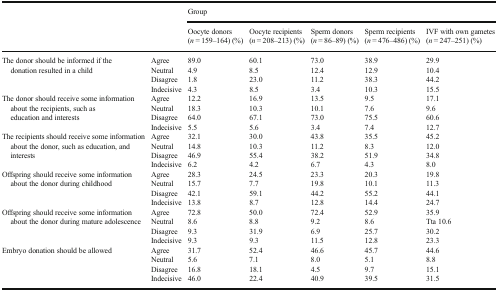
<table><thead><tr><td rowspan="3"></td><td rowspan="3"></td><td colspan="5"><b>Group</b></td></tr><tr><td><b>Oocyte donors</b></td><td><b>Oocyte recipients</b></td><td><b>Sperm donors</b></td><td><b>Sperm recipients</b></td><td><b>IVF with own gametes</b></td></tr><tr><td><b>(<i>n</i> = 159–164) (%)</b></td><td><b>(<i>n</i> = 208–213) (%)</b></td><td><b>(<i>n</i> = 86–89) (%)</b></td><td><b>(<i>n</i> = 476–486) (%)</b></td><td><b>(<i>n</i> = 247–251) (%)</b></td></tr></thead><tbody><tr><td rowspan="4">The donor should be informed if the donation resulted in a child</td><td>Agree</td><td>89.0</td><td>60.1</td><td>73.0</td><td>38.9</td><td>29.9</td></tr><tr><td>Neutral</td><td>4.9</td><td>8.5</td><td>12.4</td><td>12.9</td><td>10.4</td></tr><tr><td>Disagree</td><td>1.8</td><td>23.0</td><td>11.2</td><td>38.3</td><td>44.2</td></tr><tr><td>Indecisive</td><td>4.3</td><td>8.5</td><td>3.4</td><td>10.3</td><td>15.5</td></tr><tr><td rowspan="4">The donor should receive some information about the recipients, such as education and interests</td><td>Agree</td><td>12.2</td><td>16.9</td><td>13.5</td><td>9.5</td><td>17.1</td></tr><tr><td>Neutral</td><td>18.3</td><td>10.3</td><td>10.1</td><td>7.6</td><td>9.6</td></tr><tr><td>Disagree</td><td>64.0</td><td>67.1</td><td>73.0</td><td>75.5</td><td>60.6</td></tr><tr><td>Indecisive</td><td>5.5</td><td>5.6</td><td>3.4</td><td>7.4</td><td>12.7</td></tr><tr><td rowspan="4">The recipients should receive some information about the donor, such as education, and interests</td><td>Agree</td><td>32.1</td><td>30.0</td><td>43.8</td><td>35.5</td><td>45.2</td></tr><tr><td>Neutral</td><td>14.8</td><td>10.3</td><td>11.2</td><td>8.3</td><td>12.0</td></tr><tr><td>Disagree</td><td>46.9</td><td>55.4</td><td>38.2</td><td>51.9</td><td>34.8</td></tr><tr><td>Indecisive</td><td>6.2</td><td>4.2</td><td>6.7</td><td>4.3</td><td>8.0</td></tr><tr><td rowspan="4">Offspring should receive some information about the donor during childhood</td><td>Agree</td><td>28.3</td><td>24.5</td><td>23.3</td><td>20.3</td><td>19.8</td></tr><tr><td>Neutral</td><td>15.7</td><td>7.7</td><td>19.8</td><td>10.1</td><td>11.3</td></tr><tr><td>Disagree</td><td>42.1</td><td>59.1</td><td>44.2</td><td>55.2</td><td>44.1</td></tr><tr><td>Indecisive</td><td>13.8</td><td>8.7</td><td>12.8</td><td>14.4</td><td>24.7</td></tr><tr><td rowspan="4">Offspring should receive some information about the donor during mature adolescence</td><td>Agree</td><td>72.8</td><td>50.0</td><td>72.4</td><td>52.9</td><td>35.9</td></tr><tr><td>Neutral</td><td>8.6</td><td>8.8</td><td>9.2</td><td>8.6</td><td>Tta 10.6</td></tr><tr><td>Disagree</td><td>9.3</td><td>31.9</td><td>6.9</td><td>25.7</td><td>30.2</td></tr><tr><td>Indecisive</td><td>9.3</td><td>9.3</td><td>11.5</td><td>12.8</td><td>23.3</td></tr><tr><td rowspan="4">Embryo donation should be allowed</td><td>Agree</td><td>31.7</td><td>52.4</td><td>46.6</td><td>45.7</td><td>44.6</td></tr><tr><td>Neutral</td><td>5.6</td><td>7.1</td><td>8.0</td><td>5.1</td><td>8.8</td></tr><tr><td>Disagree</td><td>16.8</td><td>18.1</td><td>4.5</td><td>9.7</td><td>15.1</td></tr><tr><td>Indecisive</td><td>46.0</td><td>22.4</td><td>40.9</td><td>39.5</td><td>31.5</td></tr></tbody></table>